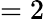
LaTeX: =2